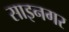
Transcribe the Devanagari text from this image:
साइनगर